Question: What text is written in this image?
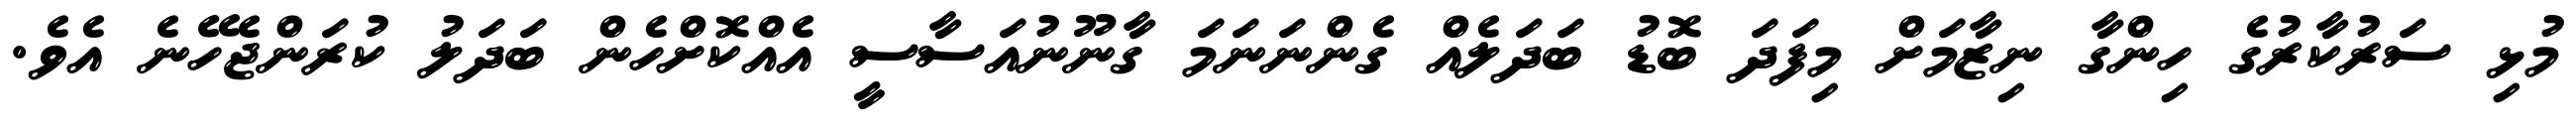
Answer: މުޅި ސަރުކާރުގެ ހިންގާ ނިޒާމަށް މިފަދަ ބޮޑު ބަދަލެއް ގެންނަނަމަ ގާނޫނުއަސާސީ އެއްކޮށްހެން ބަދަލު ކުރަންޖެހޭނެ އެވެ.